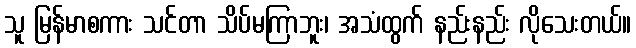
သူ မြန်မာစကား သင်တာ သိပ်မကြာဘူး၊ အသံထွက် နည်းနည်း လိုသေးတယ်။